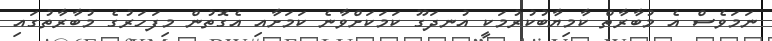
ނަމަވެސް އެ މުބާރާތް ކާމިޔާބުކުރުމަކީ އުނދަގޫ ކަމަކަށްވާނެ ކަމަށާއި އެގޮތުން މިފަހަރުގެ މުބާރާތުގައި